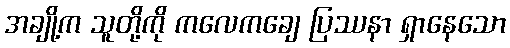
အချို့က သူတို့ကို ကလေကချေ ပြဿနာ ရှာနေသော